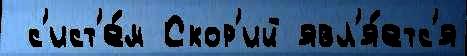
 с'ист'е́м Скор'ий явл'я́етс'я